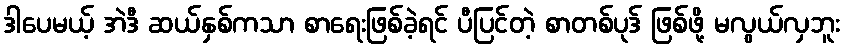
ဒါပေမယ့် အဲဒီ ဆယ်နှစ်ကသာ စာရေးဖြစ်ခဲ့ရင် ပီပြင်တဲ့ စာတစ်ပုဒ် ဖြစ်ဖို့ မလွယ်လှဘူး